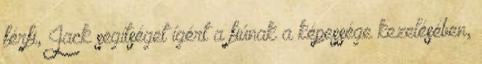
férfi, Jack segítséget ígért a fiúnak a képessége kezelésében,